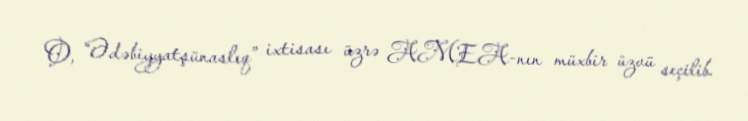
O, “Ədəbiyyatşünaslıq” ixtisası üzrə AMEA-nın müxbir üzvü seçilib.